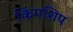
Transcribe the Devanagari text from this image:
किंगशिप